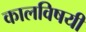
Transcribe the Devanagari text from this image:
कालविषयी